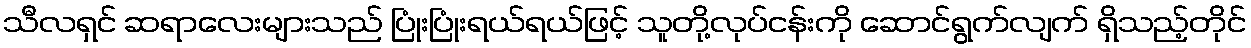
သီလရှင် ဆရာလေးများသည် ပြုံးပြုံးရယ်ရယ်ဖြင့် သူတို့လုပ်ငန်းကို ဆောင်ရွက်လျက် ရှိသည့်တိုင်